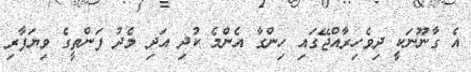
އެ ގާނޫނަކީ ދިވެހިރާއްޖޭގައި ހިންގާ އެންމެ ކުދި އަދި މެދު ފަންތީގެ ވިޔަފާރި